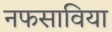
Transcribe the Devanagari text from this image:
नफसाविया